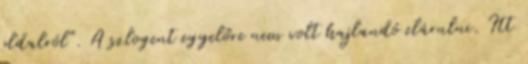
oldalról". A szlogent egyelőre nem volt hajlandó elárulni. Itt